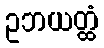
ဥဘယတ္ထံ